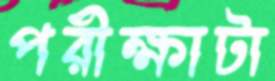
পরীক্ষাটা